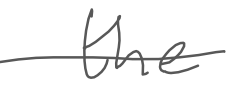
Text: the
Cross-out: mix
Writing tool: digital_gray